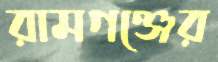
রামগঞ্জের